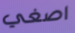
اصغي